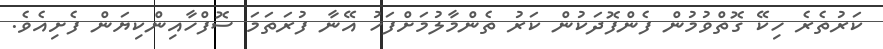
ކަރުތެރެ ހިކޭ ގޮތްވުމުން ފެންފޮދަކުން ކަރު ތެންމާލުމަށްފަހު އޭނާ ފުރަތަމަ ސޮފްހާއިންކިޔަން ފެށިއެވެ.